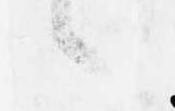
候